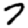
Digit: 7